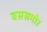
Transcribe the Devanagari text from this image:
बससमोर